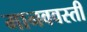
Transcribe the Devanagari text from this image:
मानववस्ती